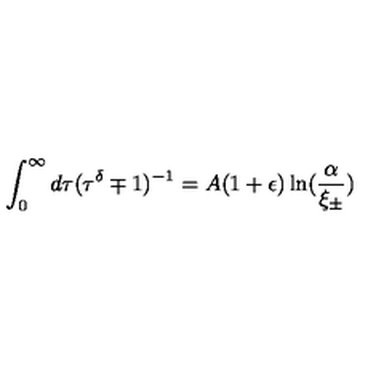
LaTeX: \int _ { 0 } ^ { \infty } d \tau ( \tau ^ { \delta } \mp 1 ) ^ { - 1 } = A ( 1 + \epsilon ) \ln ( \frac { \alpha } { \xi _ { \pm } } )